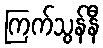
ကြက်သွန်နီ